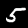
Label: 5